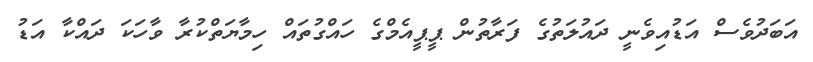
އަބަދުވެސް އަޑުއިވެނީ ދައުލަތުގެ ފަރާތުން ޕީޕީއެމްގެ ހައްގުތައް ހިމާޔަތްކުރާ ވާހަކަ ދައްކާ އަޑު